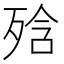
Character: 𭮕